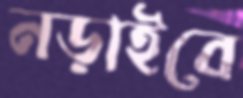
নড়াইবে